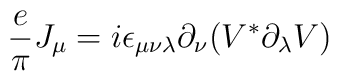
{\frac{e}{\pi }}J_{\mu }=i\epsilon _{\mu \nu \lambda }\partial _{\nu}(V^{\ast }\partial _{\lambda }V)